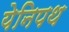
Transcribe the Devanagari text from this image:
येनिपथ